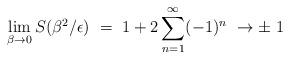
LaTeX: \begin{align*}\lim_{\beta\rightarrow 0}S(\beta^2/\epsilon)\ = \ 1 + 2 \sum_{n=1}^\infty (-1)^n\ \rightarrow \pm\ 1\end{align*}